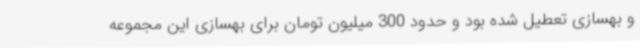
و بهسازی تعطیل شده بود و حدود 300 میلیون تومان برای بهسازی این مجموعه